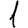
Digit: 1